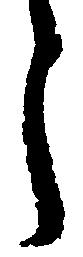
う